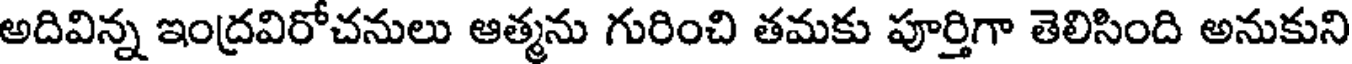
అదివిన్న ఇంద్రవిరోచనులు ఆత్మను గురించి తమకు పూర్తిగా తెలిసింది అనుకుని